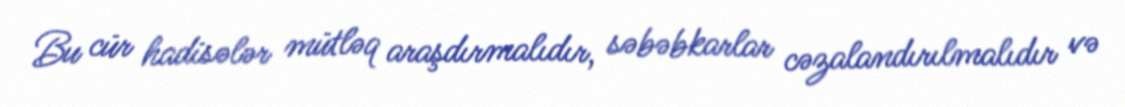
Bu cür hadisələr mütləq araşdırmalıdır, səbəbkarlar cəzalandırılmalıdır və